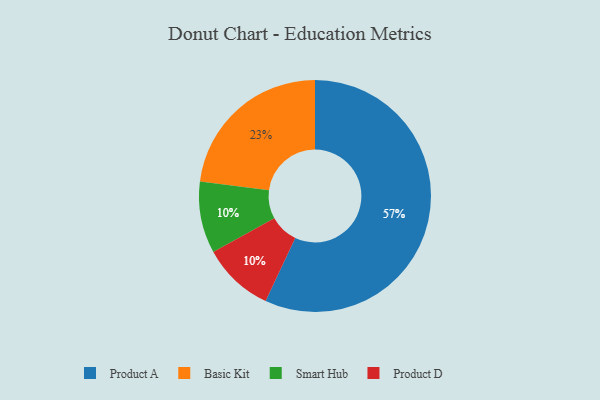
{"axis": {"x": "Category", "y": "Percentage"}, "legend": ["Basic Kit", "Product A", "Product D", "Smart Hub"], "data": [{"x": "Basic Kit", "y": 23, "type": "Basic Kit"}, {"x": "Smart Hub", "y": 10, "type": "Smart Hub"}, {"x": "Product A", "y": 57, "type": "Product A"}, {"x": "Product D", "y": 10, "type": "Product D"}]}